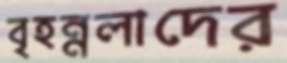
বৃহন্নলাদের